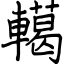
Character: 轕